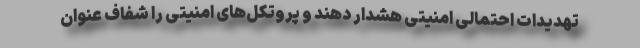
تهدیدات احتمالی امنیتی هشدار دهند و پروتکل‌های امنیتی را شفاف عنوان